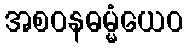
အစဝနဓမ္မံယေဝ